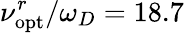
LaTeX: \nu_{\mathrm{opt}}^{r}/\omega_{D}=18.7